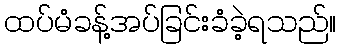
ထပ်မံခန့်အပ်ခြင်းခံခဲ့ရသည်။